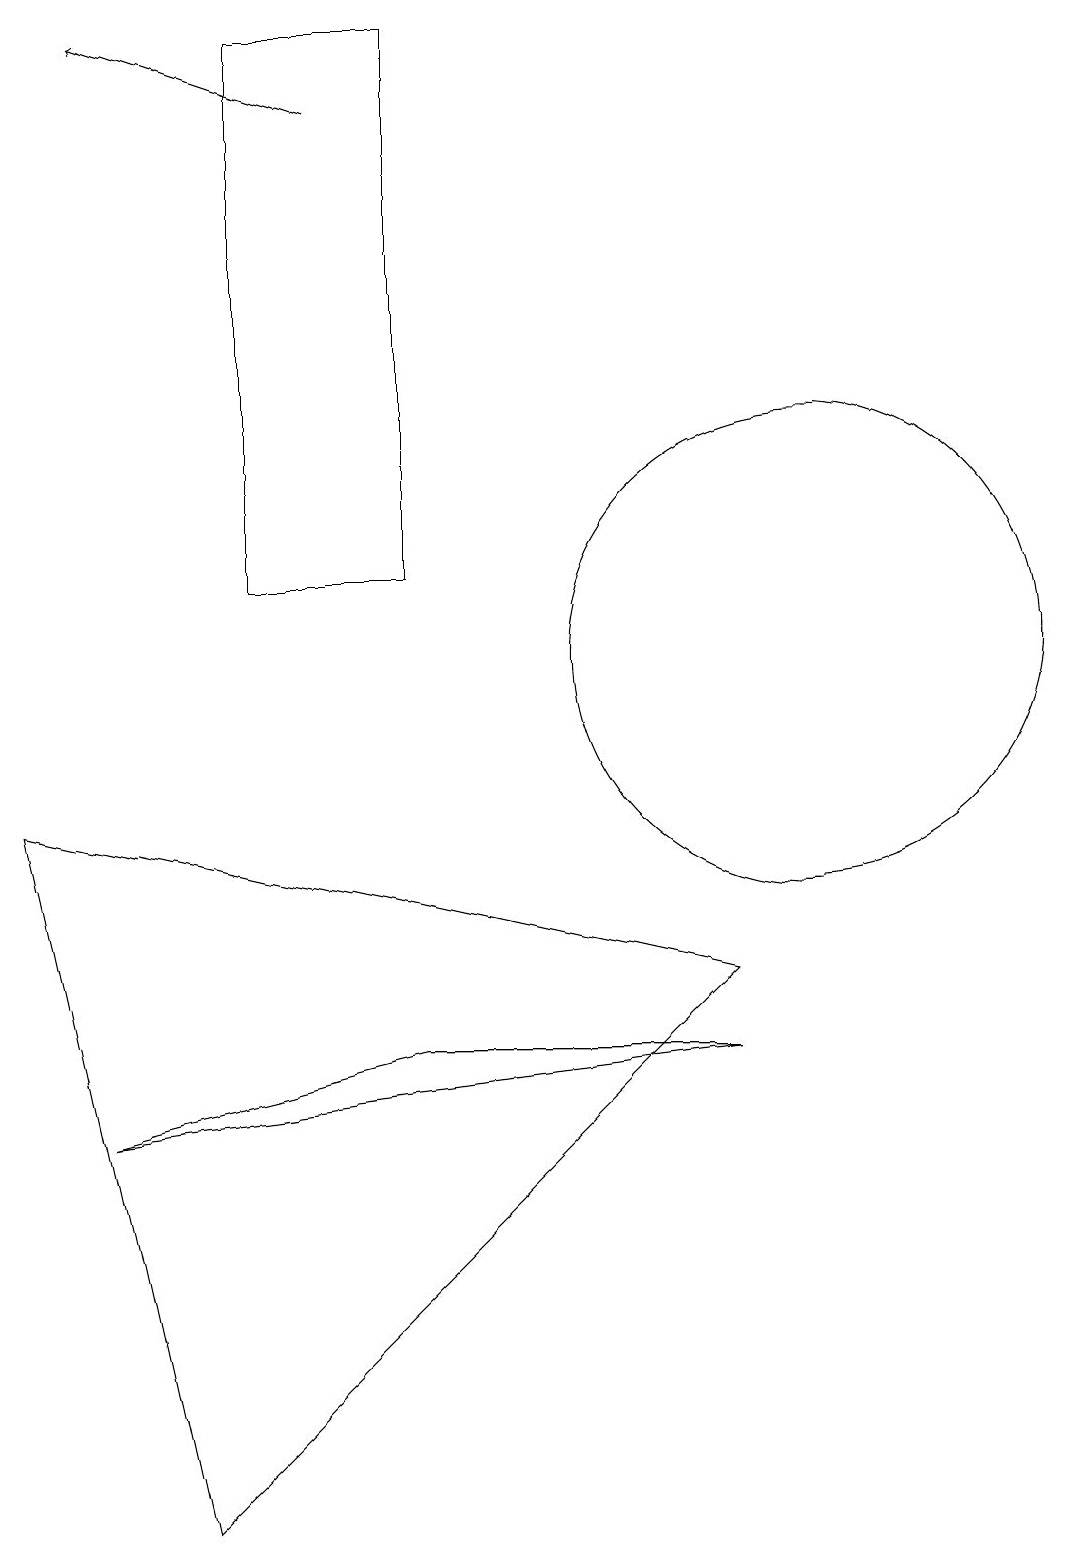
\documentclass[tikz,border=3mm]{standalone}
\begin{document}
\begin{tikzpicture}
\draw[->] (4,18) -- (1,19);
\draw (9,6) -- (1,5) -- (5,6) -- cycle;
\draw (2,0) -- (0,9) -- (9,7) -- cycle;
\draw (10,11) circle (3);
\draw (5,19) rectangle (3,12);
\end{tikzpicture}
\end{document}